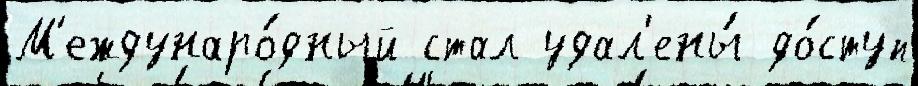
М'еждунаро́дный стал удал'ены́ до́ступ